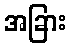
အခြား